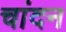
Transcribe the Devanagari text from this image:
चांदन